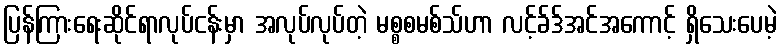
ပြန်ကြားရေးဆိုင်ရာလုပ်ငန်းမှာ အလုပ်လုပ်တဲ့ မစ္စစမစ်သ်ဟာ လင့်ခ်ဒ်အင်အကောင့် ရှိသေးပေမဲ့